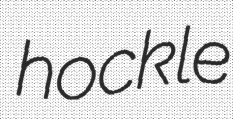
hockle